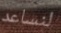
لنساعد